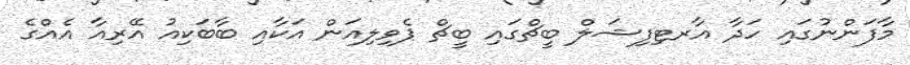
މާފަންނުގައި ހަދާ އާރޓިފިޝަލް ބީޗްގައި ބީޗް ޕެވިލިއަން އަކާއި ބާބަކިއު އޭރިއާ އެއްގެ